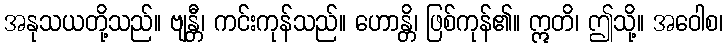
အနုသယတို့သည်။ ဗျန္တီ၊ ကင်းကုန်သည်။ ဟောန္တိ၊ ဖြစ်ကုန်၏။ ဣတိ၊ ဤသို့။ အဝေါစ၊